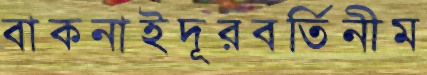
বাকনাইদূরবর্তিনীম